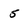
Character: 5